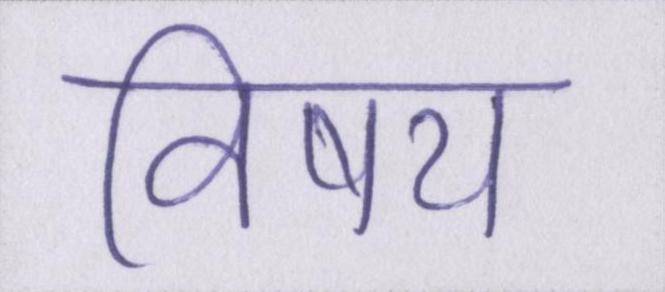
विषय